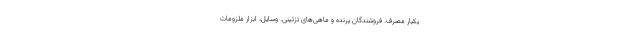
یکبار مصرف. فروشندگان پرنده و ماهی‌های تزئینی. وسایل، ابزار ملزومات